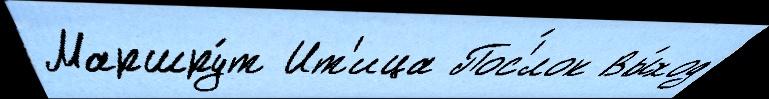
Маршру́т Ит'ица Пос'́лок Вы́ход